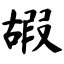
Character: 嘏